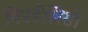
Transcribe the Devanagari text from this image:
विनडेलिसी